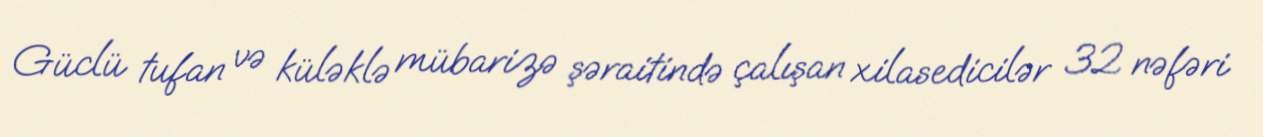
Güclü tufan və küləklə mübarizə şəraitində çalışan xilasedicilər 32 nəfəri